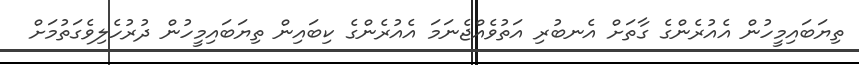
ތިޔަބައިމީހުން އެއުރެންގެ ގާތަށް އެނބުރި އަތުވެއްޖެނަމަ އެއުރެންގެ ކިބައިން ތިޔަބައިމީހުން ދުރުހެލިވެގަތުމަށް